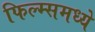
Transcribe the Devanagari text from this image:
फिल्म्समध्ये